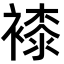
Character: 𧜝